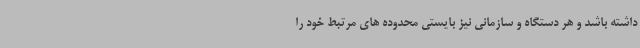
داشته باشد و هر دستگاه و سازمانی نیز بایستی محدوده های مرتبط خود را